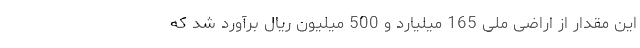
این مقدار از اراضی ملی 165 میلیارد و 500 میلیون ریال برآورد شد که